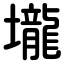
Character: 壠